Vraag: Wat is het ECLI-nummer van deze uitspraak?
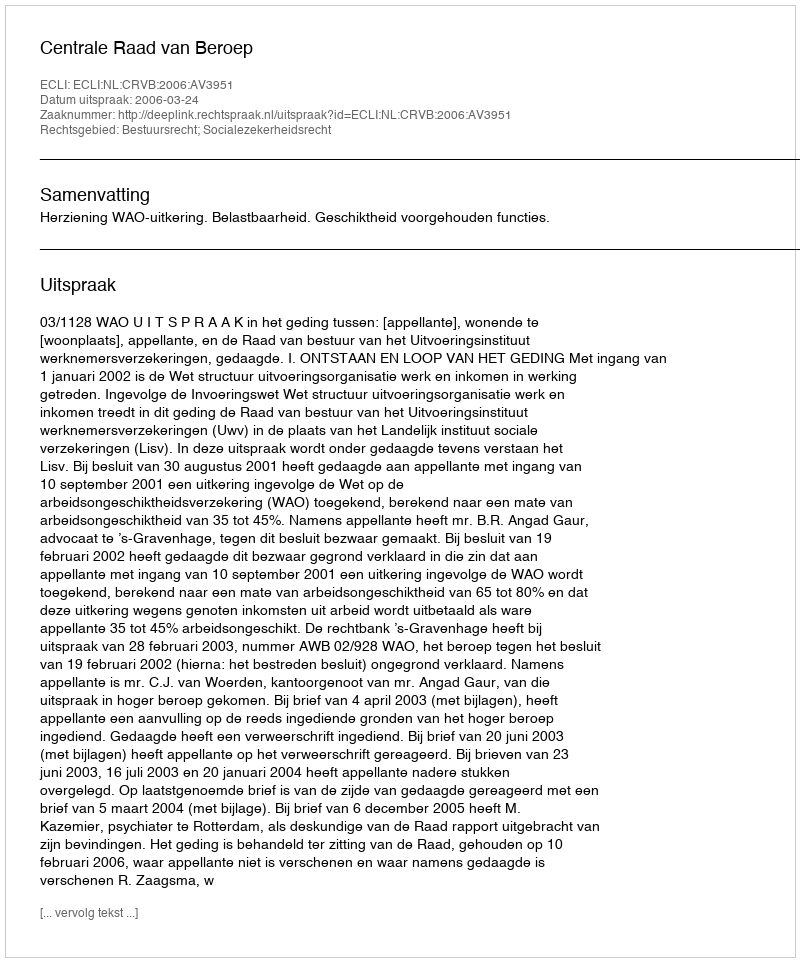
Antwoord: ECLI:NL:CRVB:2006:AV3951